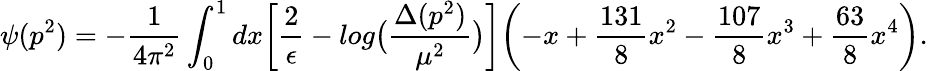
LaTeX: \psi(p^{2})=-\frac{1}{4\pi^{2}}\int_{0}^{1}dx\biggl[\frac{2}{\epsilon}-log\bigl(\frac{\Delta(p^{2})}{\mu^{2}}\bigr)\biggr]\biggl(-x+\frac{131}{8}x^{2}-\frac{107}{8}x^{3}+\frac{63}{8}x^{4}\biggr).